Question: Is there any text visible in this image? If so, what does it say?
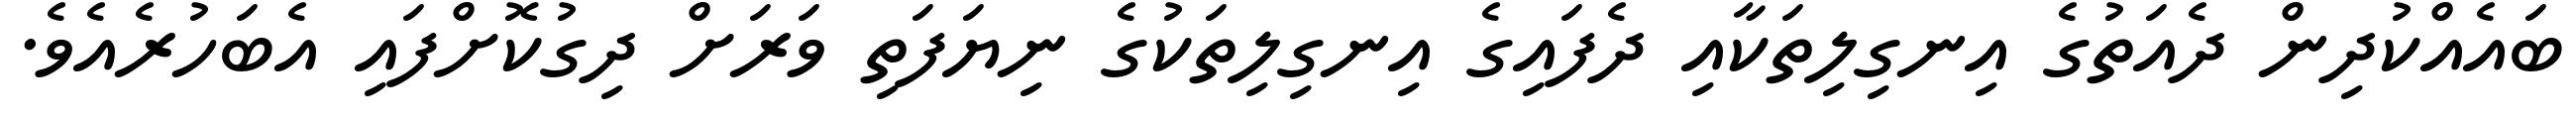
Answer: ބައެއްކުދިން ދެއަތުގެ އިނގިލިތަކާއި ދެފައިގެ އިނގިލިތަކުގެ ނިޔަފަތި ވަރަށް ދިގުކޮށްފައި އެބަހުރެއެވެ.